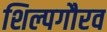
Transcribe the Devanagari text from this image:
शिल्पगौरव